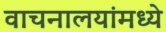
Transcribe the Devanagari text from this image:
वाचनालयांमध्ये